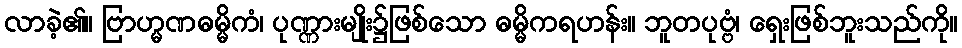
လာခဲ့၏။ ဗြာဟ္မဏဓမ္မိကံ၊ ပုဏ္ဏားမျိုး၌ဖြစ်သော ဓမ္မိကရဟန်း။ ဘူတပုဗ္ဗံ၊ ရှေးဖြစ်ဘူးသည်ကို။